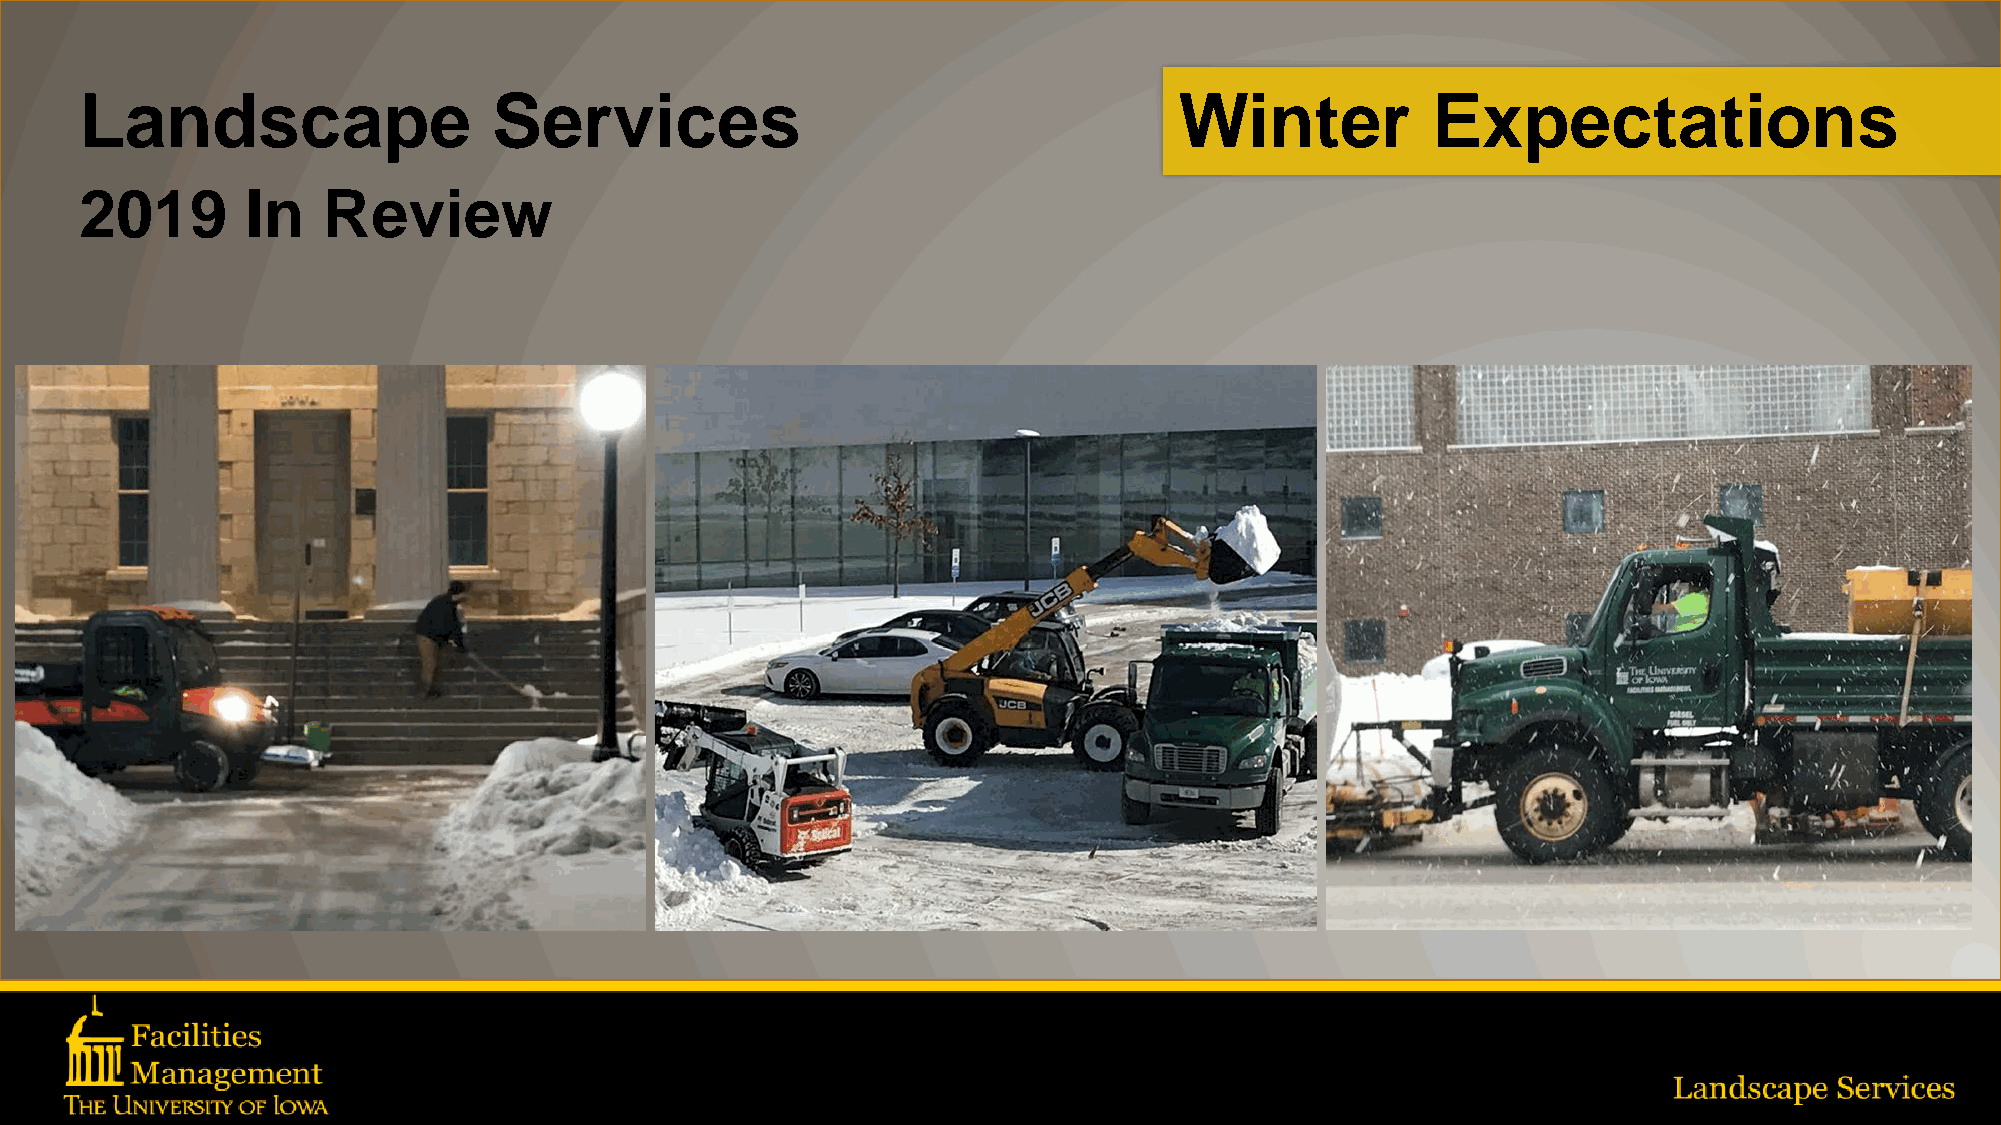
Landscape                   Services                                     Winter           Expectations
 2019       In   Review